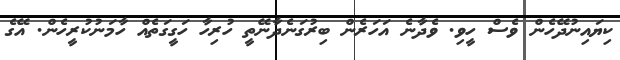
ކިޔައިނުދޭހެން ވެސް ހީވި. ވެދާނެ އަހަރެން ބިރުގަނެދާނޭތީ ހުރިހާ ހަގީގަތެއް ހާމަނުކުރީހެން. އޭގެ